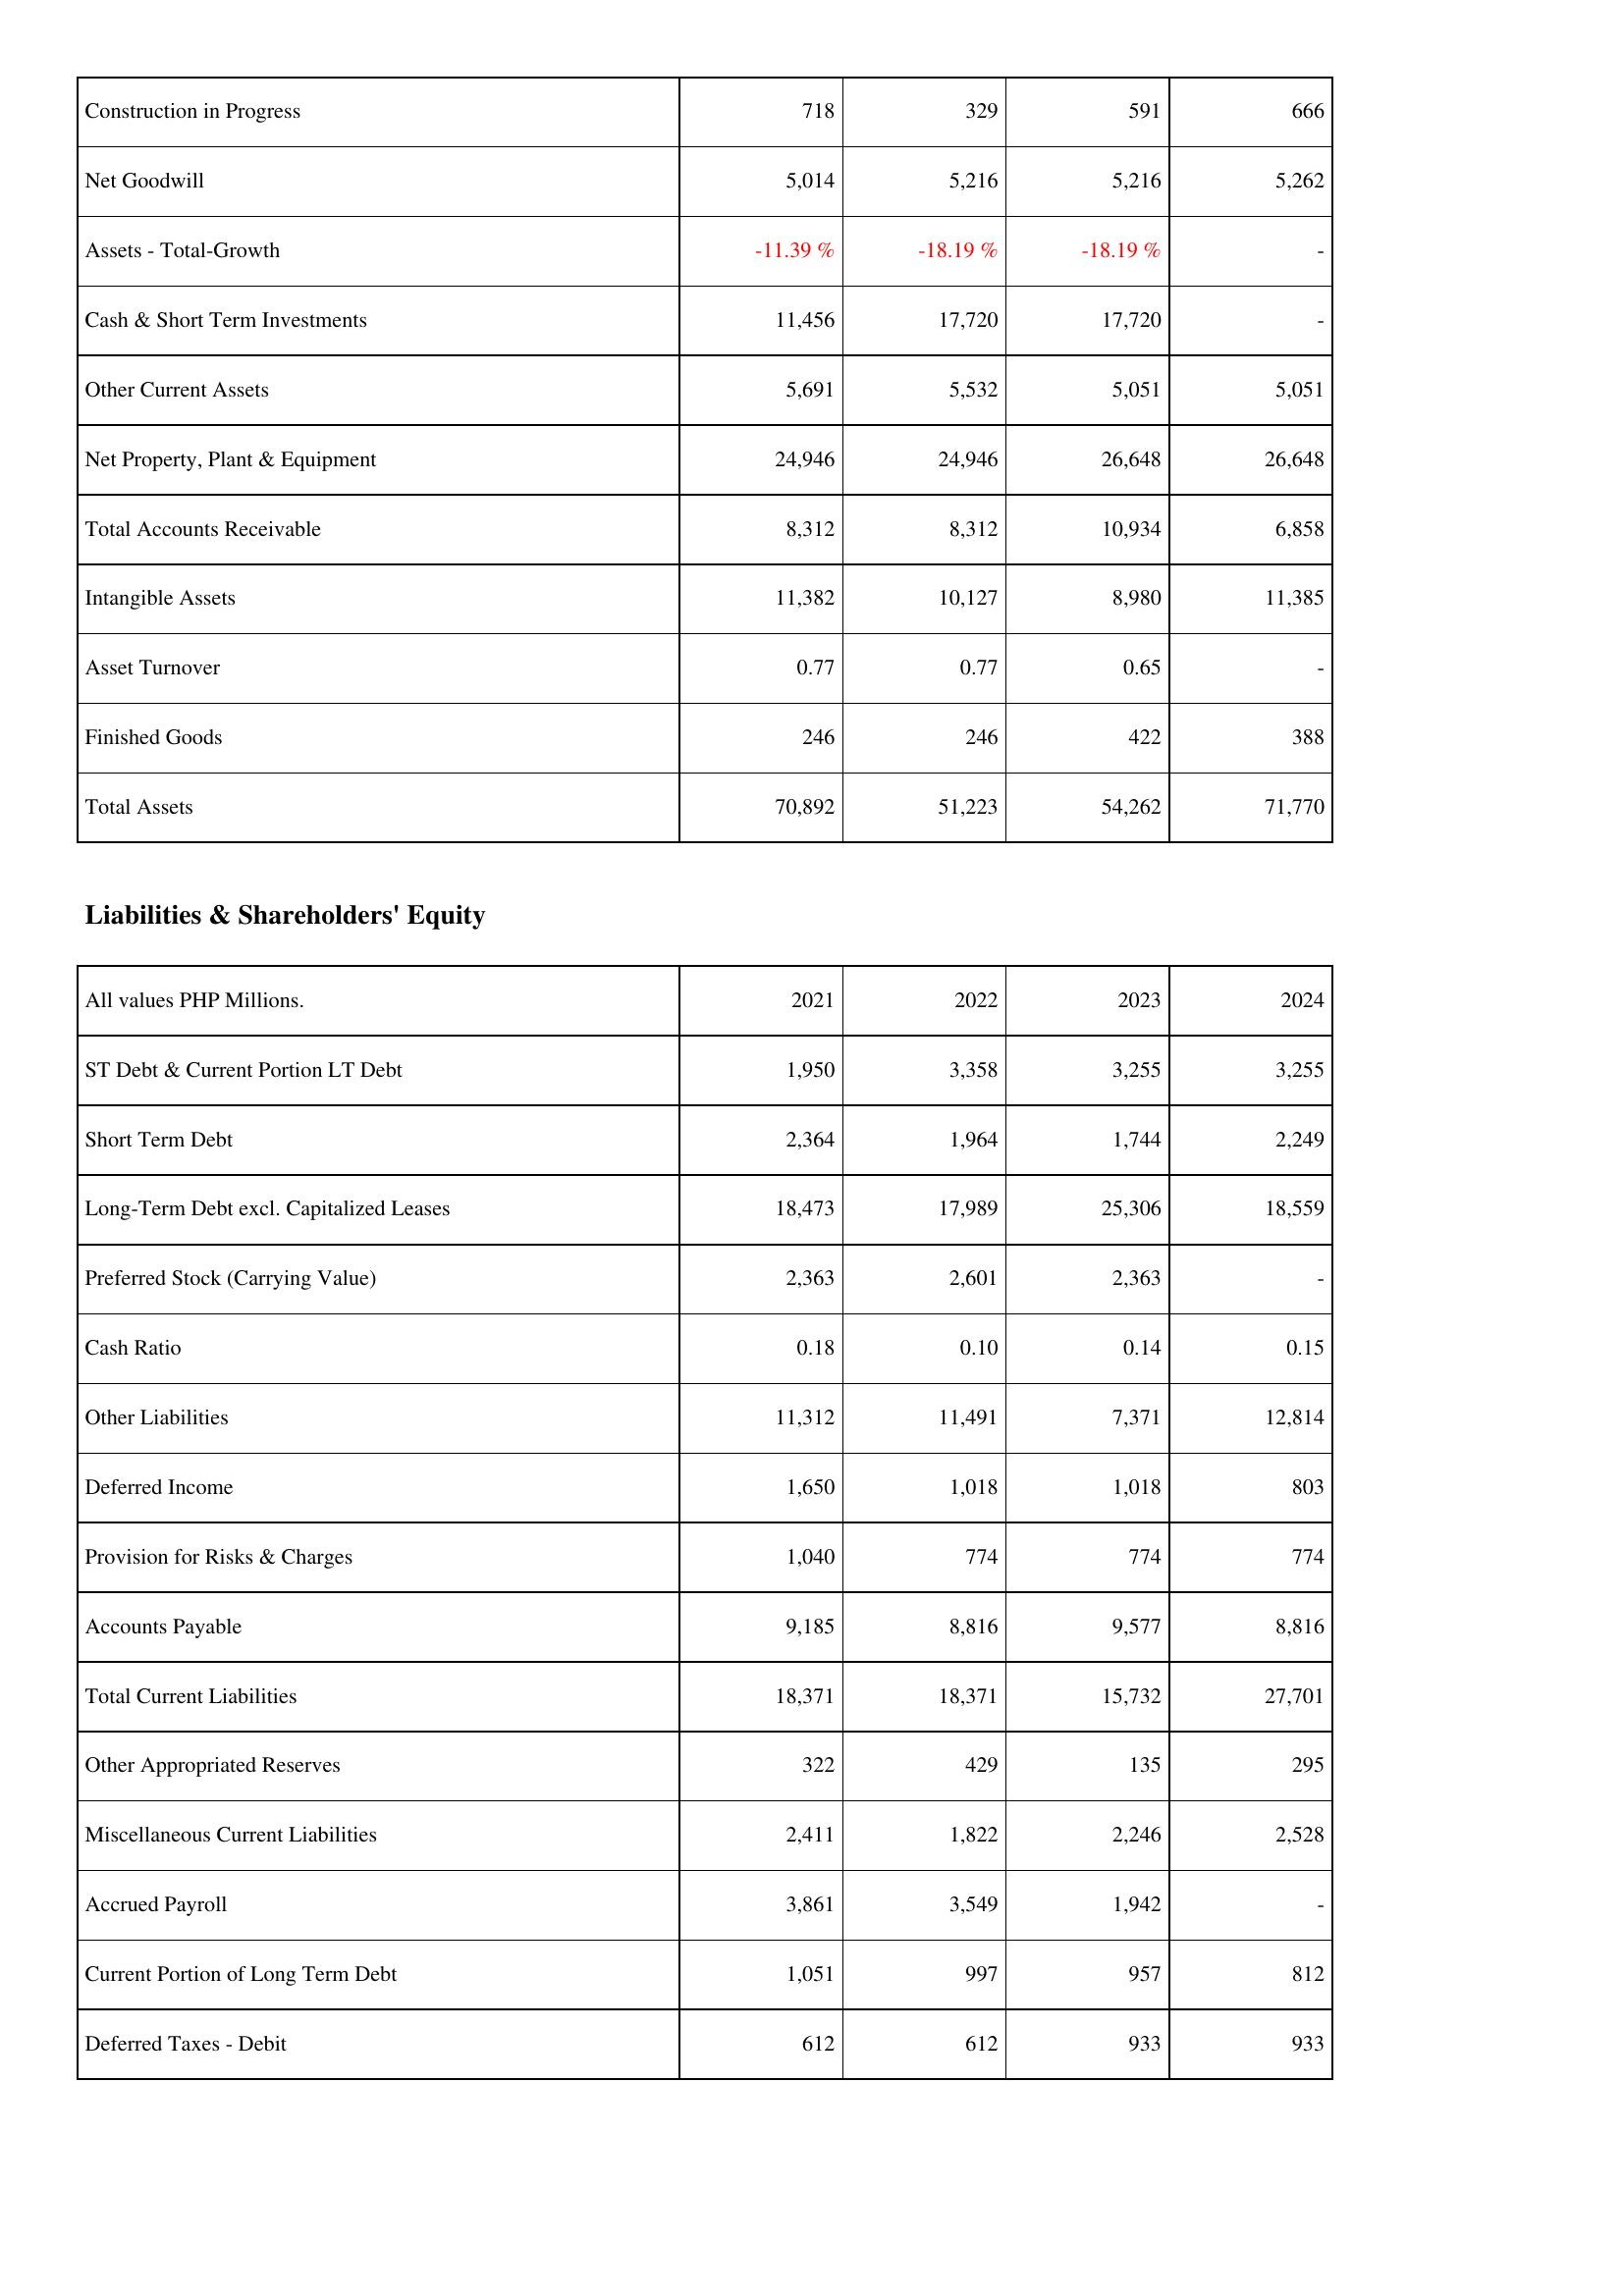
2021: Assets: Construction in Progress: 718
Net Goodwill: 5,014
Assets - Total-Growth: -11.39 %
Cash & Short Term Investments: 11,456
Other Current Assets: 5,691
Net Property, Plant & Equipment: 24,946
Total Accounts Receivable: 8,312
Intangible Assets: 11,382
Asset Turnover: 0.77
Finished Goods: 246
Total Assets: 70,892
Liabilities & Shareholders' Equity: ST Debt & Current Portion LT Debt: 1,950
Short Term Debt: 2,364
Long-Term Debt excl. Capitalized Leases: 18,473
Preferred Stock (Carrying Value): 2,363
Cash Ratio: 0.18
Other Liabilities: 11,312
Deferred Income: 1,650
Provision for Risks & Charges: 1,040
Accounts Payable: 9,185
Total Current Liabilities: 18,371
Other Appropriated Reserves: 322
Miscellaneous Current Liabilities: 2,411
Accrued Payroll: 3,861
Current Portion of Long Term Debt: 1,051
Deferred Taxes - Debit: 612
2022: Assets: Construction in Progress: 329
Net Goodwill: 5,216
Assets - Total-Growth: -18.19 %
Cash & Short Term Investments: 17,720
Other Current Assets: 5,532
Net Property, Plant & Equipment: 24,946
Total Accounts Receivable: 8,312
Intangible Assets: 10,127
Asset Turnover: 0.77
Finished Goods: 246
Total Assets: 51,223
Liabilities & Shareholders' Equity: ST Debt & Current Portion LT Debt: 3,358
Short Term Debt: 1,964
Long-Term Debt excl. Capitalized Leases: 17,989
Preferred Stock (Carrying Value): 2,601
Cash Ratio: 0.10
Other Liabilities: 11,491
Deferred Income: 1,018
Provision for Risks & Charges: 774
Accounts Payable: 8,816
Total Current Liabilities: 18,371
Other Appropriated Reserves: 429
Miscellaneous Current Liabilities: 1,822
Accrued Payroll: 3,549
Current Portion of Long Term Debt: 997
Deferred Taxes - Debit: 612
2023: Assets: Construction in Progress: 591
Net Goodwill: 5,216
Assets - Total-Growth: -18.19 %
Cash & Short Term Investments: 17,720
Other Current Assets: 5,051
Net Property, Plant & Equipment: 26,648
Total Accounts Receivable: 10,934
Intangible Assets: 8,980
Asset Turnover: 0.65
Finished Goods: 422
Total Assets: 54,262
Liabilities & Shareholders' Equity: ST Debt & Current Portion LT Debt: 3,255
Short Term Debt: 1,744
Long-Term Debt excl. Capitalized Leases: 25,306
Preferred Stock (Carrying Value): 2,363
Cash Ratio: 0.14
Other Liabilities: 7,371
Deferred Income: 1,018
Provision for Risks & Charges: 774
Accounts Payable: 9,577
Total Current Liabilities: 15,732
Other Appropriated Reserves: 135
Miscellaneous Current Liabilities: 2,246
Accrued Payroll: 1,942
Current Portion of Long Term Debt: 957
Deferred Taxes - Debit: 933
2024: Assets: Construction in Progress: 666
Net Goodwill: 5,262
Assets - Total-Growth: -
Cash & Short Term Investments: -
Other Current Assets: 5,051
Net Property, Plant & Equipment: 26,648
Total Accounts Receivable: 6,858
Intangible Assets: 11,385
Asset Turnover: -
Finished Goods: 388
Total Assets: 71,770
Liabilities & Shareholders' Equity: ST Debt & Current Portion LT Debt: 3,255
Short Term Debt: 2,249
Long-Term Debt excl. Capitalized Leases: 18,559
Preferred Stock (Carrying Value): -
Cash Ratio: 0.15
Other Liabilities: 12,814
Deferred Income: 803
Provision for Risks & Charges: 774
Accounts Payable: 8,816
Total Current Liabilities: 27,701
Other Appropriated Reserves: 295
Miscellaneous Current Liabilities: 2,528
Accrued Payroll: -
Current Portion of Long Term Debt: 812
Deferred Taxes - Debit: 933